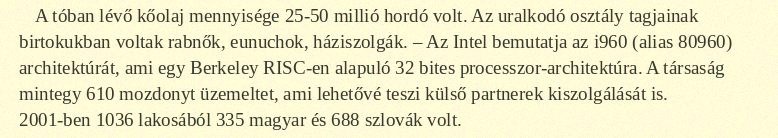
A tóban lévő kőolaj mennyisége 25-50 millió hordó volt. Az uralkodó osztály tagjainak birtokukban voltak rabnők, eunuchok, háziszolgák. – Az Intel bemutatja az i960 (alias 80960) architektúrát, ami egy Berkeley RISC-en alapuló 32 bites processzor-architektúra. A társaság mintegy 610 mozdonyt üzemeltet, ami lehetővé teszi külső partnerek kiszolgálását is. 2001-ben 1036 lakosából 335 magyar és 688 szlovák volt.